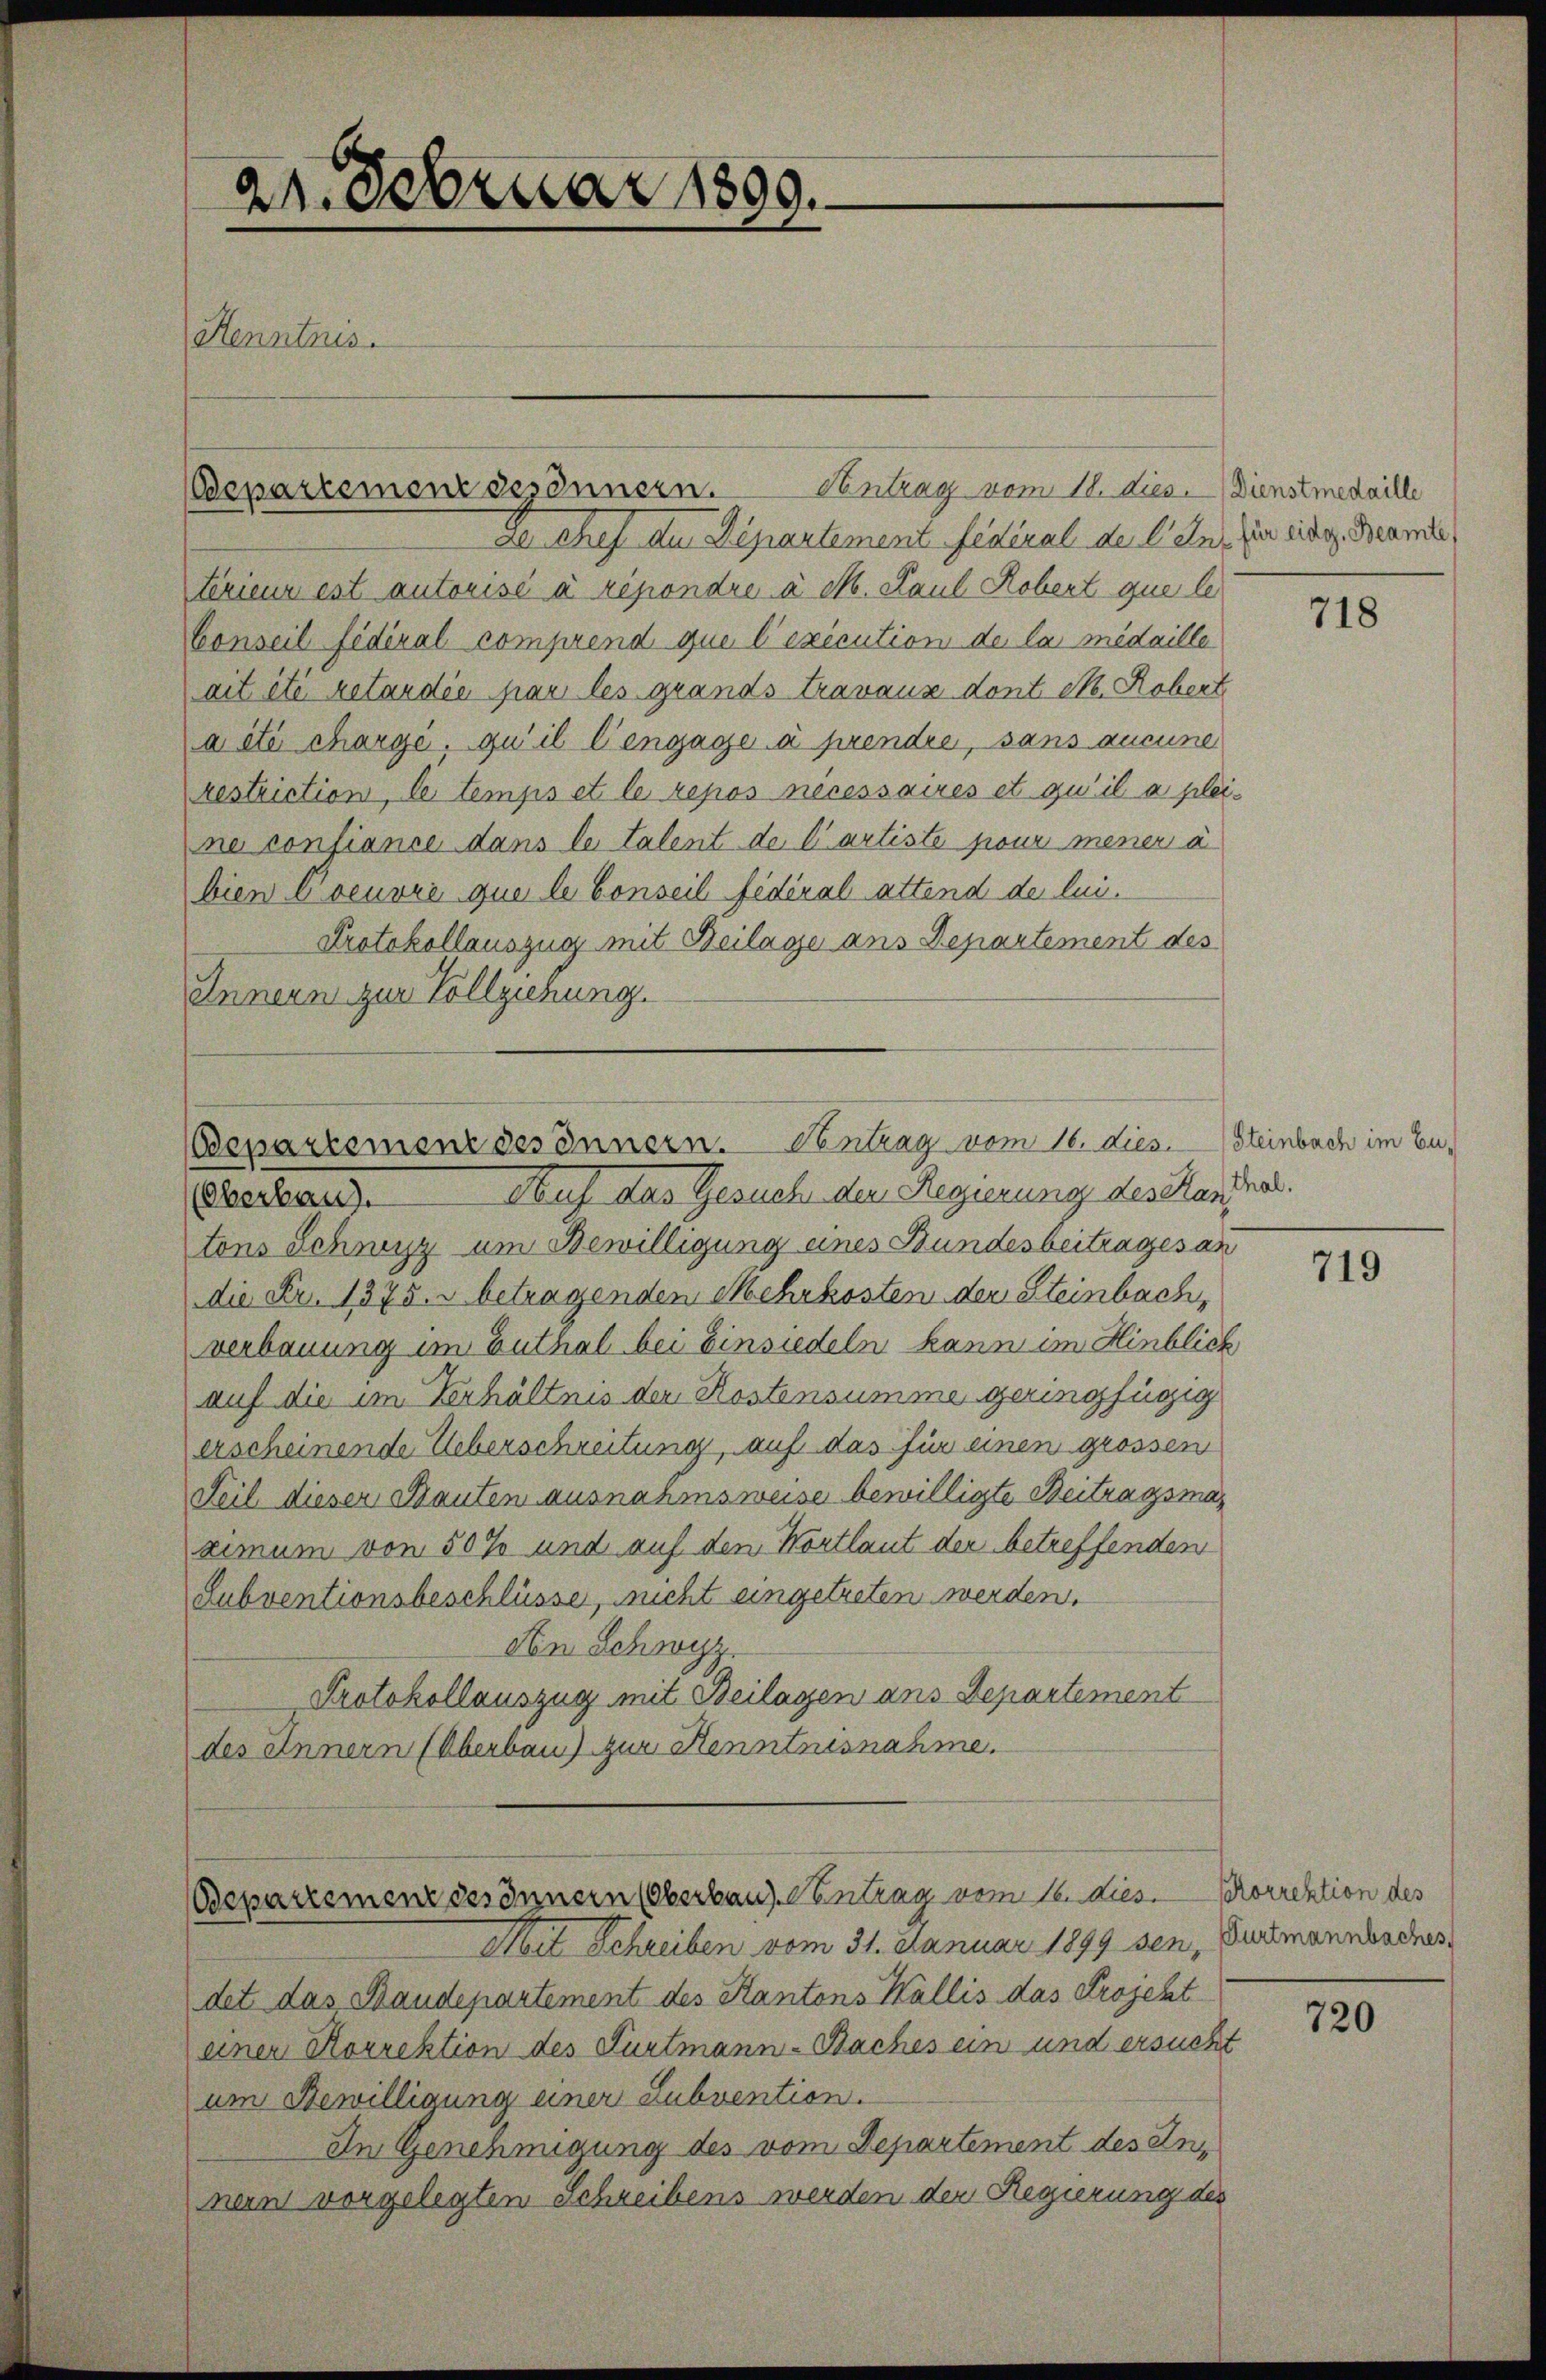
Antrag vom 18. dies. Dienstmedaille
De chef der Departement federal de len, zu einige Beamte
térieur est autorisé à répondre à M. Paul Robert que le
Conseil fédéral comprend que l’exécution de la medaille
ait été retardée par les grands travaux dont et. Robert
a été charge, qu’il l’engage à prendre, sans aucune
restriction, le temps et le repos nécessaires et qu’il a pleine confiance dans le talent de l’artiste pour mener à
bien Coeuvre que le Conseil fédéral attend de lui-
Protokollauszug mit Beilage ans Departement des
Innern zur Vollziehung.

24. Februar 1899.
Henntnis.

Departement gesännern.

Bepartement des Innern. Kontrag vom 16. dies. Steinbach im Eu¬
Auf das Gesuch der Regierung des Stan¬
(Oberbau).

tons Schwyz um Bewilligung eines Bundesbeitrages an
die Fr. 1375. s betragenden Mehrkosten der Steinbach,
verbauung im Zuthel bei Einsiedeln kann im Hinblich
auf die im Verhältnis der Kostensumme geringfügig
erscheinende Ueberschreitung, auf das für einen grossen
Feil dieser Bauten ausnahmsweise bewilligte Beitragsmar
cimum von 50 % und auf den Wortlaut der betreffenden
Subventionsbeschlüsse, nicht ungetreten werden.
An Schwyz.
Protokollauszug mit Beilagen ans Departement
des Innern (Oberbau) zur Kenntnisnahme.

Bsepartement des Innern (Oberbaus. Kontrag vom 10. dies. Korrektion des
Mit Schreiben vom 31. Januar 1899 sei, Gurtmannsschus

det das Staudepartement des Kantons Wallis das Projekt
einer Korrektion des Furtmann-Baches ein und ersucht
um Bewilligung einer Subvention.
In Genehmigung des vom Departement des Innen vorgelegten Schreibens werden der Regierung des

718

thal.

719

720